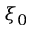
\xi _ { 0 }